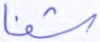
شفا